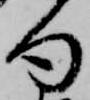
句